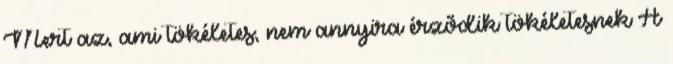
Mert az, ami tökéletes, nem annyira érzõdik tökéletesnek A